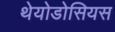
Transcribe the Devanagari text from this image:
थेयोडोसियस